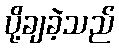
ပို့ချခဲ့သည်